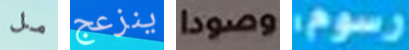
مل ينزعج وصودا رسوم